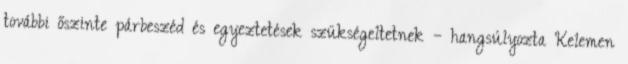
további őszinte párbeszéd és egyeztetések szükségeltetnek – hangsúlyozta Kelemen